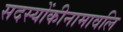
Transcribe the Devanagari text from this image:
सदस्योंकीनामावलि